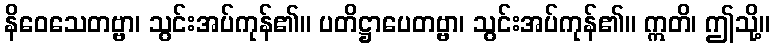
နိဝေသေတဗ္ဗာ၊ သွင်းအပ်ကုန်၏။ ပတိဋ္ဌာပေတဗ္ဗာ၊ သွင်းအပ်ကုန်၏။ ဣတိ၊ ဤသို့။